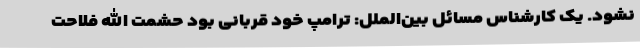
نشود. یک کارشناس مسائل بین‌الملل: ترامپ خود قربانی بود حشمت الله فلاحت